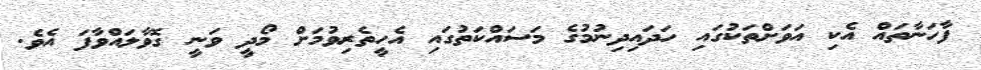
ފާހަނާތައް އެކި އަވަށްތަކުގައި ހަދައިދިނުމުގެ މަސައްކަތުގައި އެހީތެރިވުމަށް މޯދީ ވަނީ ގޮވާލައްވާފަ އެވެ.